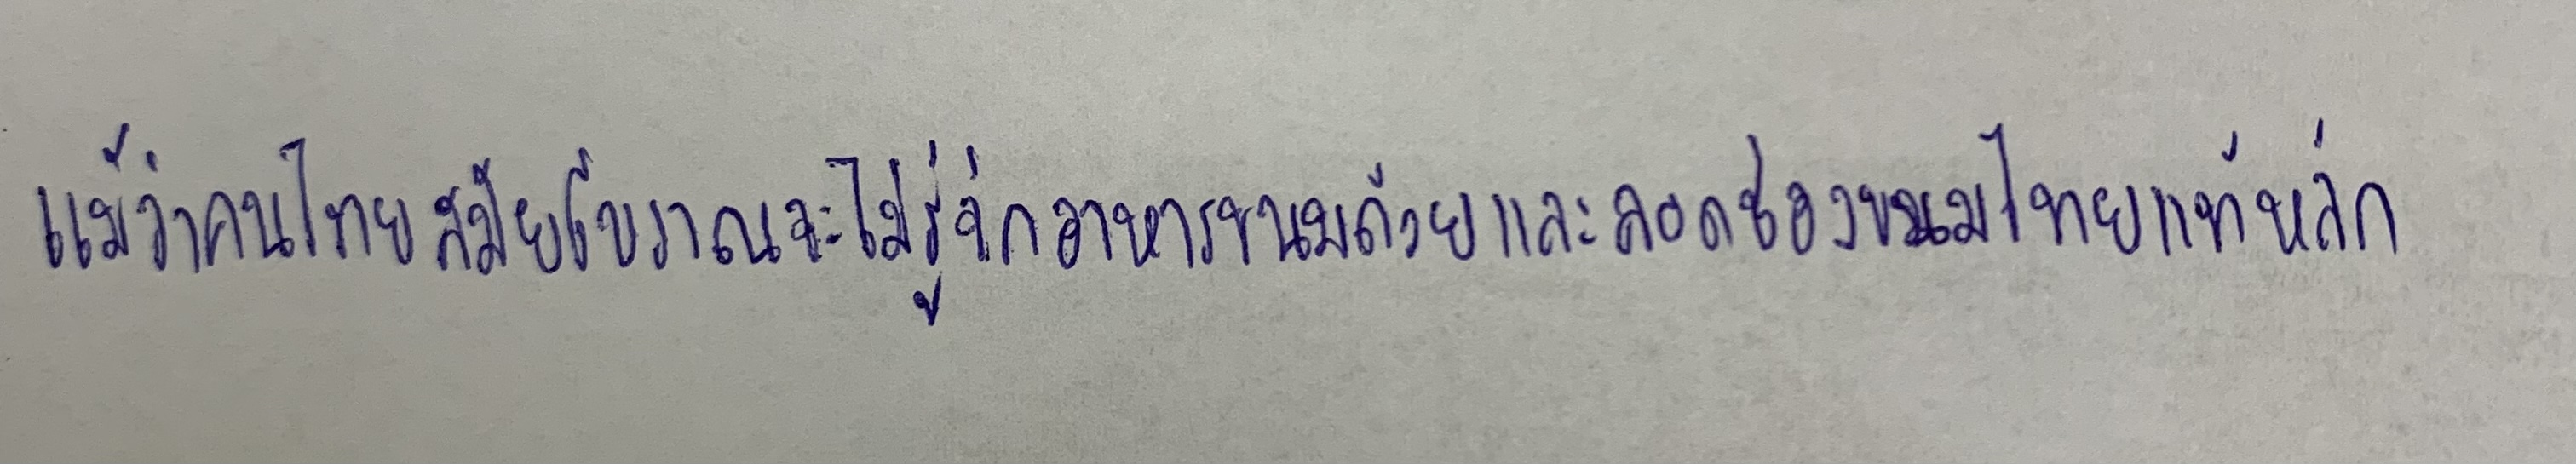
แม้ว่าคนไทยสมัยโบราณจะไม่รู้จักอาหารขนมถ้วยและลอดช่องขนมไทยแท้หลัก